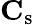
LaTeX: \mathbf{C}_{\mathrm{s}}